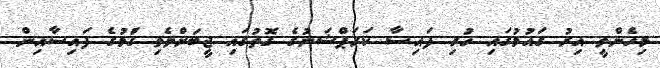
މިހެންވީ އިރު ގައުމުގައި ހުރި ފައިސާ ކަރަޕްޝަނުގެ ގޮތުގައި ޖީބަށްލެވި ގަުމުގެ ފައިސާއިން